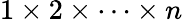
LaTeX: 1\times 2\times\cdots\times n